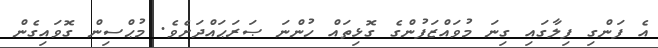
އެ ފަންގި ފިލާގައި ގިނަ މުވައްޒަފުންގެ ގޮޅިތައް ހުންނަ ޞަރަޙައްދަށެވެ. މުޙްސިން ގޮވައިގެން